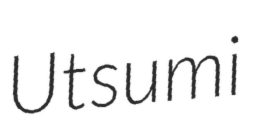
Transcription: Utsumi